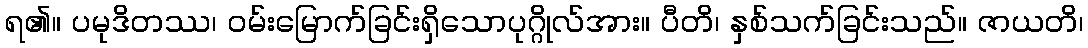
ရ၏။ ပမုဒိတဿ၊ ဝမ်းမြောက်ခြင်းရှိသောပုဂ္ဂိုလ်အား။ ပီတိ၊ နှစ်သက်ခြင်းသည်။ ဇာယတိ၊